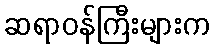
ဆရာဝန်ကြီးများက